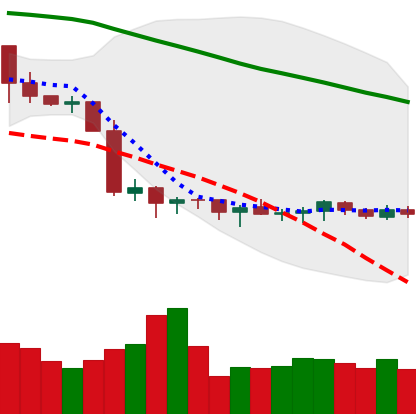
Ticker: XMR-USD
Chart end date: 2019-10-08
Forward return: -4.195%
Label: down_3_5